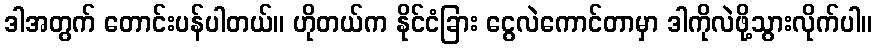
ဒါအတွက် တောင်းပန်ပါတယ်။ ဟိုတယ်က နိုင်ငံခြား ငွေလဲကောင်တာမှာ ဒါကိုလဲဖို့သွားလိုက်ပါ။